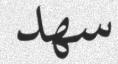
سھد